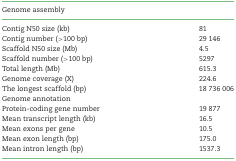
| Genome assembly |  |
 | --- | --- |
 | Contig N50 size (kb) | 81 |
 | Contig number (>100 bp) | 29 146 |
 | Scaffold N50 size (Mb) | 4.5 |
 | Scaffold number (>100 bp) | 5297 |
 | Total length (Mb) | 615.3 |
 | Genome coverage (X) | 224.6 |
 | The longest scaffold (bp) | 18 736 006 |
 | Genome annotation |  |
 | Protein-coding gene number | 19 877 |
 | Mean transcript length (kb) | 16.5 |
 | Mean exons per gene | 10.5 |
 | Mean exon length (bp) | 175.0 |
 | Mean intron length (bp) | 1537.3 |